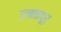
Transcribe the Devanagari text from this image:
टनकपूर